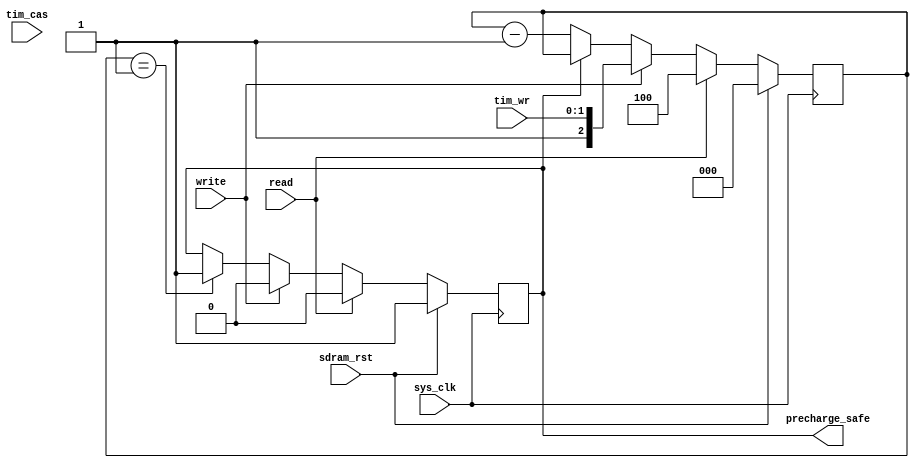
/*
 * Milkymist SoC
 * Copyright (C) 2007, 2008, 2009 Sebastien Bourdeauducq
 *
 * This program is free software: you can redistribute it and/or modify
 * it under the terms of the GNU General Public License as published by
 * the Free Software Foundation, version 3 of the License.
 *
 * This program is distributed in the hope that it will be useful,
 * but WITHOUT ANY WARRANTY; without even the implied warranty of
 * MERCHANTABILITY or FITNESS FOR A PARTICULAR PURPOSE.  See the
 * GNU General Public License for more details.
 *
 * You should have received a copy of the GNU General Public License
 * along with this program.  If not, see <http://www.gnu.org/licenses/>.
 */

module hpdmc_banktimer(
	input sys_clk,
	input sdram_rst,
	
	input tim_cas,
	input [1:0] tim_wr,
	
	input read,
	input write,
	output reg precharge_safe
);

reg [2:0] counter;
always @(posedge sys_clk) begin
	if(sdram_rst) begin
		counter <= 3'd0;
		precharge_safe <= 1'b1;
	end else begin
		if(read) begin
			/* see p.26 of datasheet :
			 * "A Read burst may be followed by, or truncated with, a Precharge command
			 * to the same bank. The Precharge command should be issued x cycles after
			 * the Read command, where x equals the number of desired data element
			 * pairs"
			 */
			counter <= 3'd4;
			precharge_safe <= 1'b0;
		end else if(write) begin
			counter <= {1'b1, tim_wr};
			precharge_safe <= 1'b0;
		end else begin
			if(counter == 3'b1)
				precharge_safe <= 1'b1;
			if(~precharge_safe)
				counter <= counter - 3'b1;
		end
	end
end

endmodule